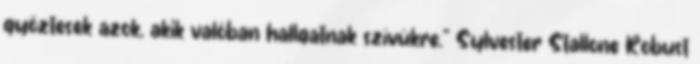
győztesek azok, akik valóban hallgatnak szívükre.” Sylvester Stallone Robust